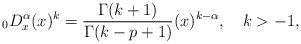
LaTeX: \begin{align*} _{0}D^{\alpha}_x(x)^k=\frac{\Gamma(k+1)}{\Gamma(k-p+1)}(x)^{k-\alpha},\ \ \ k>-1,\end{align*}